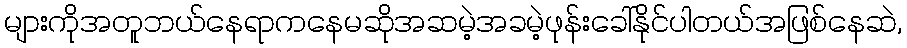
များကိုအတူဘယ်နေရာကနေမဆိုအဆမဲ့အခမဲ့ဖုန်းခေါ်နိုင်ပါတယ်အဖြစ်နေဆဲ,